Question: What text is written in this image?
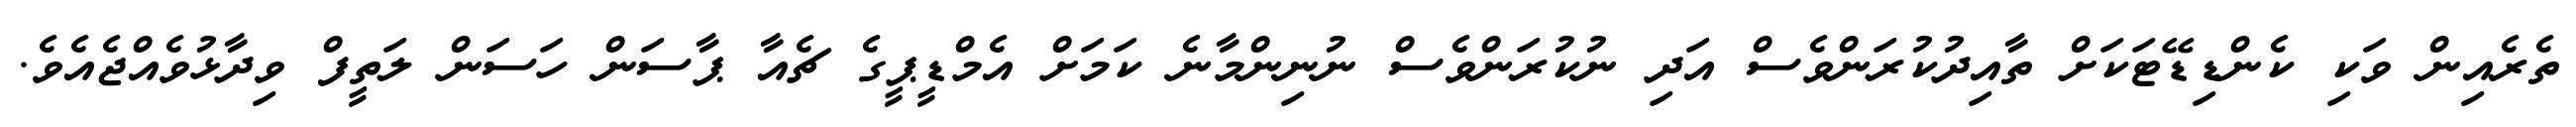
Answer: ތެރެއިން ވަކި ކެންޑިޑޭޓަކަށް ތާއިދުކުރަންވެސް އަދި ނުކުރަންވެސް ނުނިންމާނެ ކަމަށް އެމްޑީޕީގެ ޗެއާ ޕާސަން ހަސަން ލަތީފް ވިދާޅުވެއްޖެއެވެ.